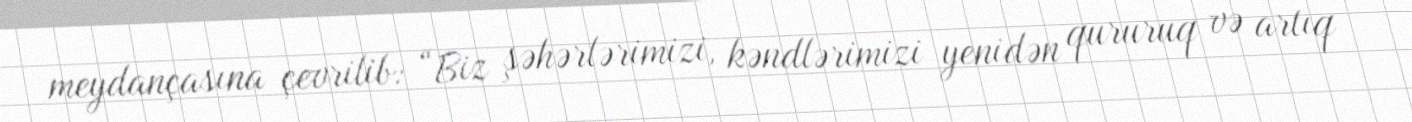
meydançasına çevrilib: “Biz şəhərlərimizi, kəndlərimizi yenidən qururuq və artıq